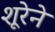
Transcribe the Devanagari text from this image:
शूरेने